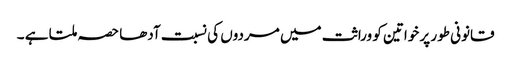
قانونی طور پر خواتین کو وراثت میں مردوں کی نسبت آدھا حصہ ملتا ہے ۔